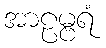
အာဠမ္ဗရံ